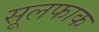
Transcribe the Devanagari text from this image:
सूलफाक